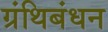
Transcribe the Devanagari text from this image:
ग्रंथिबंधन